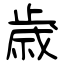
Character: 歳